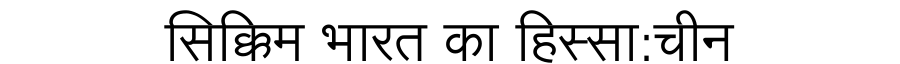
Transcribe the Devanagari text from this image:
सिक्किम भारत का हिस्सा:चीन